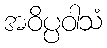
အဝိပ္ပဝါသံ